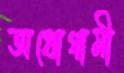
অধোগামী